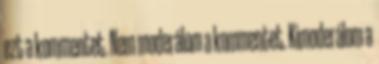
ezt a kommentet. Nem moderálom a kommentet. Kimoderálom a